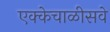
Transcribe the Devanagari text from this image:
एक्केचाळीसवे